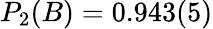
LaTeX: P_{2}(B)=0.943(5)